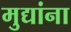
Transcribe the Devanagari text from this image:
मुद्यांना